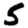
Digit: 5